Report of the Imperial Institute of Veterinary Research, Muktesar
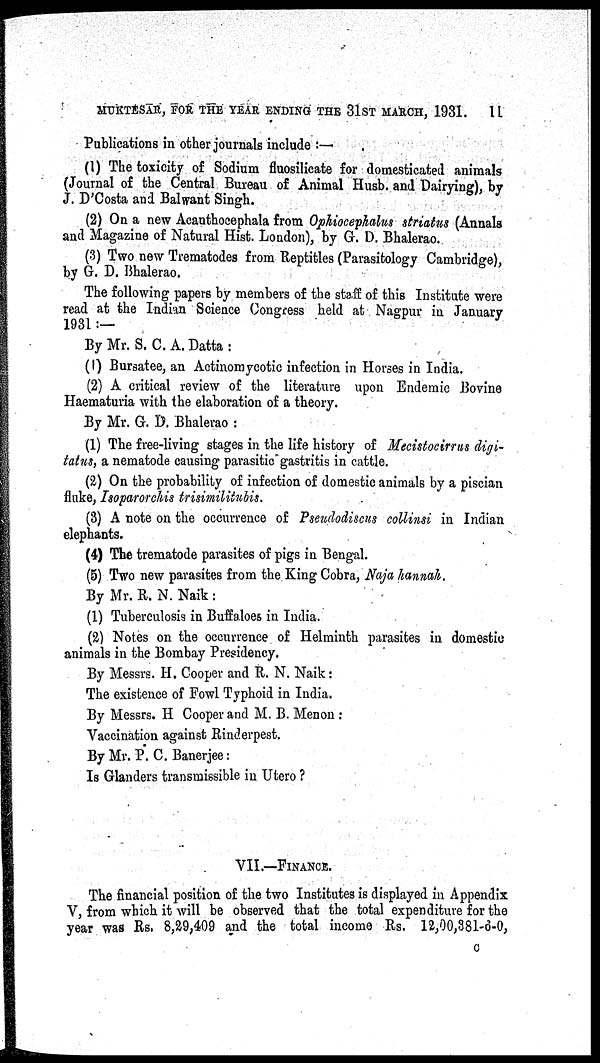
MUKTESAR, FOR THE YEAR ENDING THE 31ST MARCH, 1931.
11
Publications in other journals include :—
(1) The toxicity of Sodium fluosilicate for domesticated animals
(Journal of the Central Bureau of Animal Husb. and Dairying), by
J. D'Costa and Balwant Singh.
(2) On a new Acanthocephala from Ophiocephalus striatus (Annals
and Magazine of Natural Hist. London), by G. D. Bhalerao.
(3) Two new Trematodes from Reptitles (Parasitology Cambridge),
by G. D. Bhalerao.
The following papers by members of the staff of this Institute were
read at the Indian Science Congress held at Nagpur in January
1931 :—
By Mr. S. C. A. Datta :
(1) Bursatee, an Actinomycotic infection in Horses in India.
(2) A critical review of the literature upon Endemic Bovine
Hæmaturia with the elaboration of a theory.
By Mr. G. D. Bhalerao :
(1) The free-living stages in the life history of Mecistocirrus digi¬
tatus, a nematode causing parasitic gastritis in cattle.
(2) On the probability of infection of domestic animals by a piscian
fluke, Isoparorchis trisimilitubis.
(3) A note on the occurrence of Pseudodiscus collinsi in Indian
elephants.
(4) The trematode parasites of pigs in Bengal.
(5) Two new parasites from the King Cobra, Naja hannah.
By Mr. R. N. Naik :
(1) Tuberculosis in Buffaloes in India.
(2) Notes on the occurrence of Helminth parasites in domestic
animals in the Bombay Presidency.
By Messrs. H. Cooper and R. N. Naik:
The existence of Fowl Typhoid in India.
By Messrs. H Cooper and M. B. Menon :
Vaccination against Rinderpest.
By Mr. P. C. Banerjee:
Is Glanders transmissible in Utero ?
VII.—FINANCE.
The financial position of the two Institutes is displayed in Appendix
V, from which it will be observed that the total expenditure for the
year was Rs. 8,29,409 and the total income Rs. 12,00,381-6-0,
C